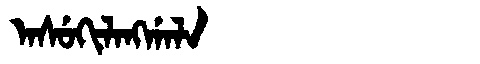
Manchu: ᠠᠰᡠᡴᡳᠯᠠᠩᡤᠠᠯᠠ
Romanization: ASUKILANGGALA